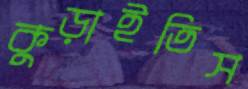
কুড়াইতিস